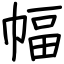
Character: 幅